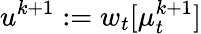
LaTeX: u^{k+1}:=w_{t}[\mu_{t}^{k+1}]